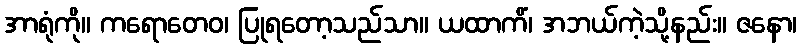
အာရုံကို။ ကရောတေဝ၊ ပြုရတော့သည်သာ။ ယထာကိံ၊ အဘယ်ကဲ့သို့နည်း။ ဇနော၊